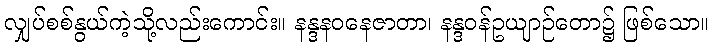
လျှပ်စစ်နွယ်ကဲ့သို့လည်းကောင်း။ နန္ဒနဝနေဇာတာ၊ နန္ဒဝန်ဥယျာဉ်တော၌ ဖြစ်သော။